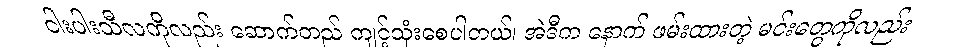
ငါးပါးသီလကိုလည်း ဆောက်တည် ကျင့်သုံးစေပါတယ်၊ အဲဒီက နောက် ဖမ်းထားတဲ့ မင်းတွေကိုလည်း